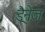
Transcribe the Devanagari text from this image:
ड्रैनेज